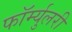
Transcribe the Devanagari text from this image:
फॉर्म्युलरी